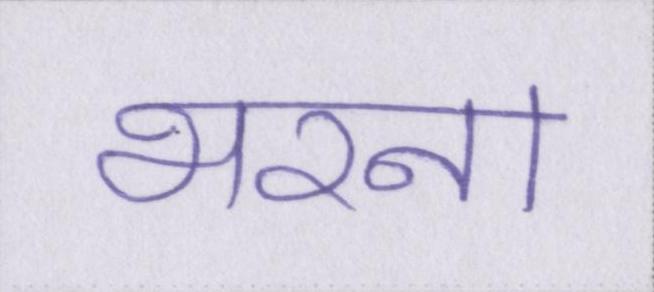
भरना